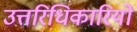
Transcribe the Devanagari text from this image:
उत्तरिधिकारियों